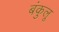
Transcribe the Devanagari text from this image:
बंकुलू